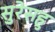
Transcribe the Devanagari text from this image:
सुरेसहु